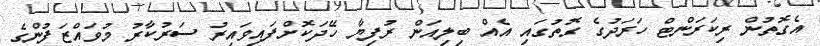
އެގޮތުން ރިކަރަންޓް ހަރަދުގެ ގޮތުގައި އެއް ބިލިއަން ރުފިޔާ ހޭދަކޮށްފައިވައިރު ސަރުކާރު މުވައްޒަފުންގެ